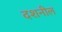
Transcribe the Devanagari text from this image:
दशनील